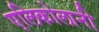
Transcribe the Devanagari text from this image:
एलिकोलानी